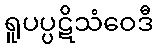
ရူပပ္ပဋိသံဝေဒီ